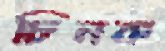
চিনক